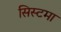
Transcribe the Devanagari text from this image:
सिस्टमा